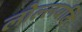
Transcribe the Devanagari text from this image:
लोल्लबदि